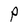
Character: P